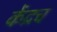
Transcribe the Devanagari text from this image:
केंद्रच